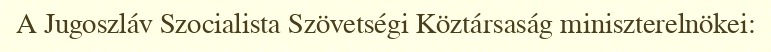
A Jugoszláv Szocialista Szövetségi Köztársaság miniszterelnökei: